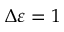
\Delta \varepsilon = 1